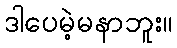
ဒါပေမဲ့မနာဘူး။